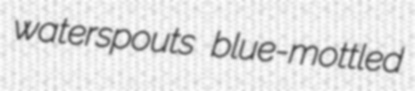
waterspouts blue-mottled